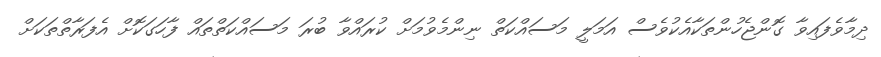
ދިމާވެފައިވާ ގޮންޖެހުންތަކާއެކުވެސް އަމަލީ މަސައްކަތް ނިންމެވުމަށް ކުރައްވާ ބުރަ މަސައްކަތްތައް ފާހަގަކޮށް އެފަރާތްތަކަށް